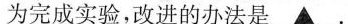
为完成实验，改进的办法是\underline{▲}.